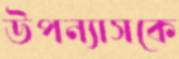
উপন্যাসকে